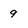
Character: 9